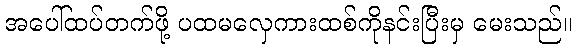
အပေါ်ထပ်တက်ဖို့ ပထမလှေကားထစ်ကိုနင်းပြီးမှ မေးသည်။